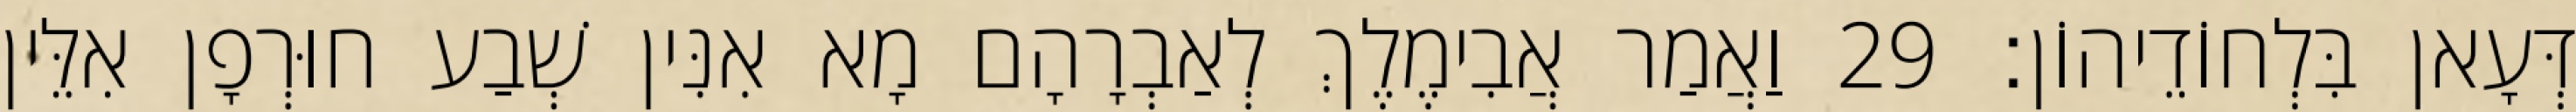
דְּעָאן בִּלְחוֹדֵיהוֹן׃ 29 וַאֲמַר אֲבִימֶלֶךְ לְאַבְרָהָם מָא אִנִּין שְׁבַע חוּרְפָן אִלֵּין